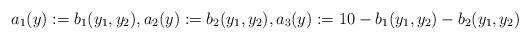
LaTeX: \begin{align*}a_1(y):=b_1(y_1,y_2),a_2(y):= b_2(y_1,y_2),a_3(y):=10-b_1(y_1,y_2)-b_2(y_1,y_2)\end{align*}